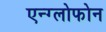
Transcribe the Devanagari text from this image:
एन्ग्लोफोन